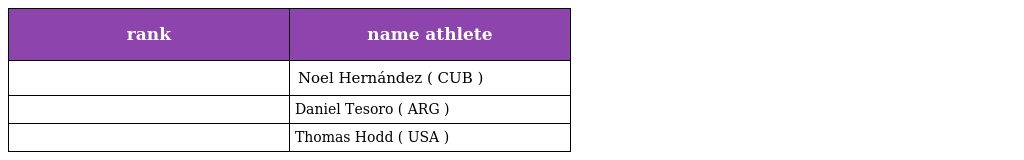
| rank | name athlete |
 | --- | --- |
 |  | Noel Hernández ( CUB ) |
 |  | Daniel Tesoro ( ARG ) |
 |  | Thomas Hodd ( USA ) |